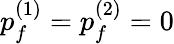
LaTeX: p_{f}^{(1)}=p_{f}^{(2)}=0